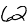
Digit: 2